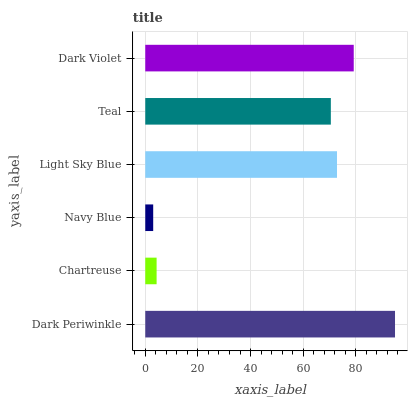
| yaxis_label | bars |
 | --- | --- |
 | Dark Periwinkle | 94.9 |
 | Chartreuse | 4.31 |
 | Navy Blue | 3.01 |
 | Light Sky Blue | 72.8 |
 | Teal | 70.5 |
 | Dark Violet | 79.2 |